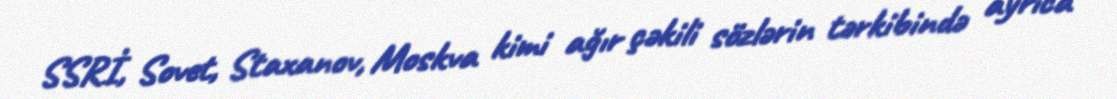
SSRİ, Sovet, Staxanov, Moskva kimi ağır çəkili sözlərin tərkibində ayrıca